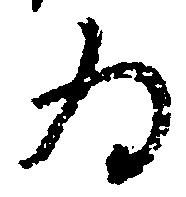
為